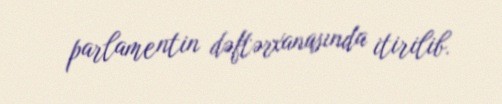
parlamentin dəftərxanasında itirilib.